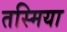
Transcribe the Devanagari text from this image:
तस्मिया